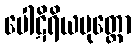
ပေါဋိရိယပုတ္တော